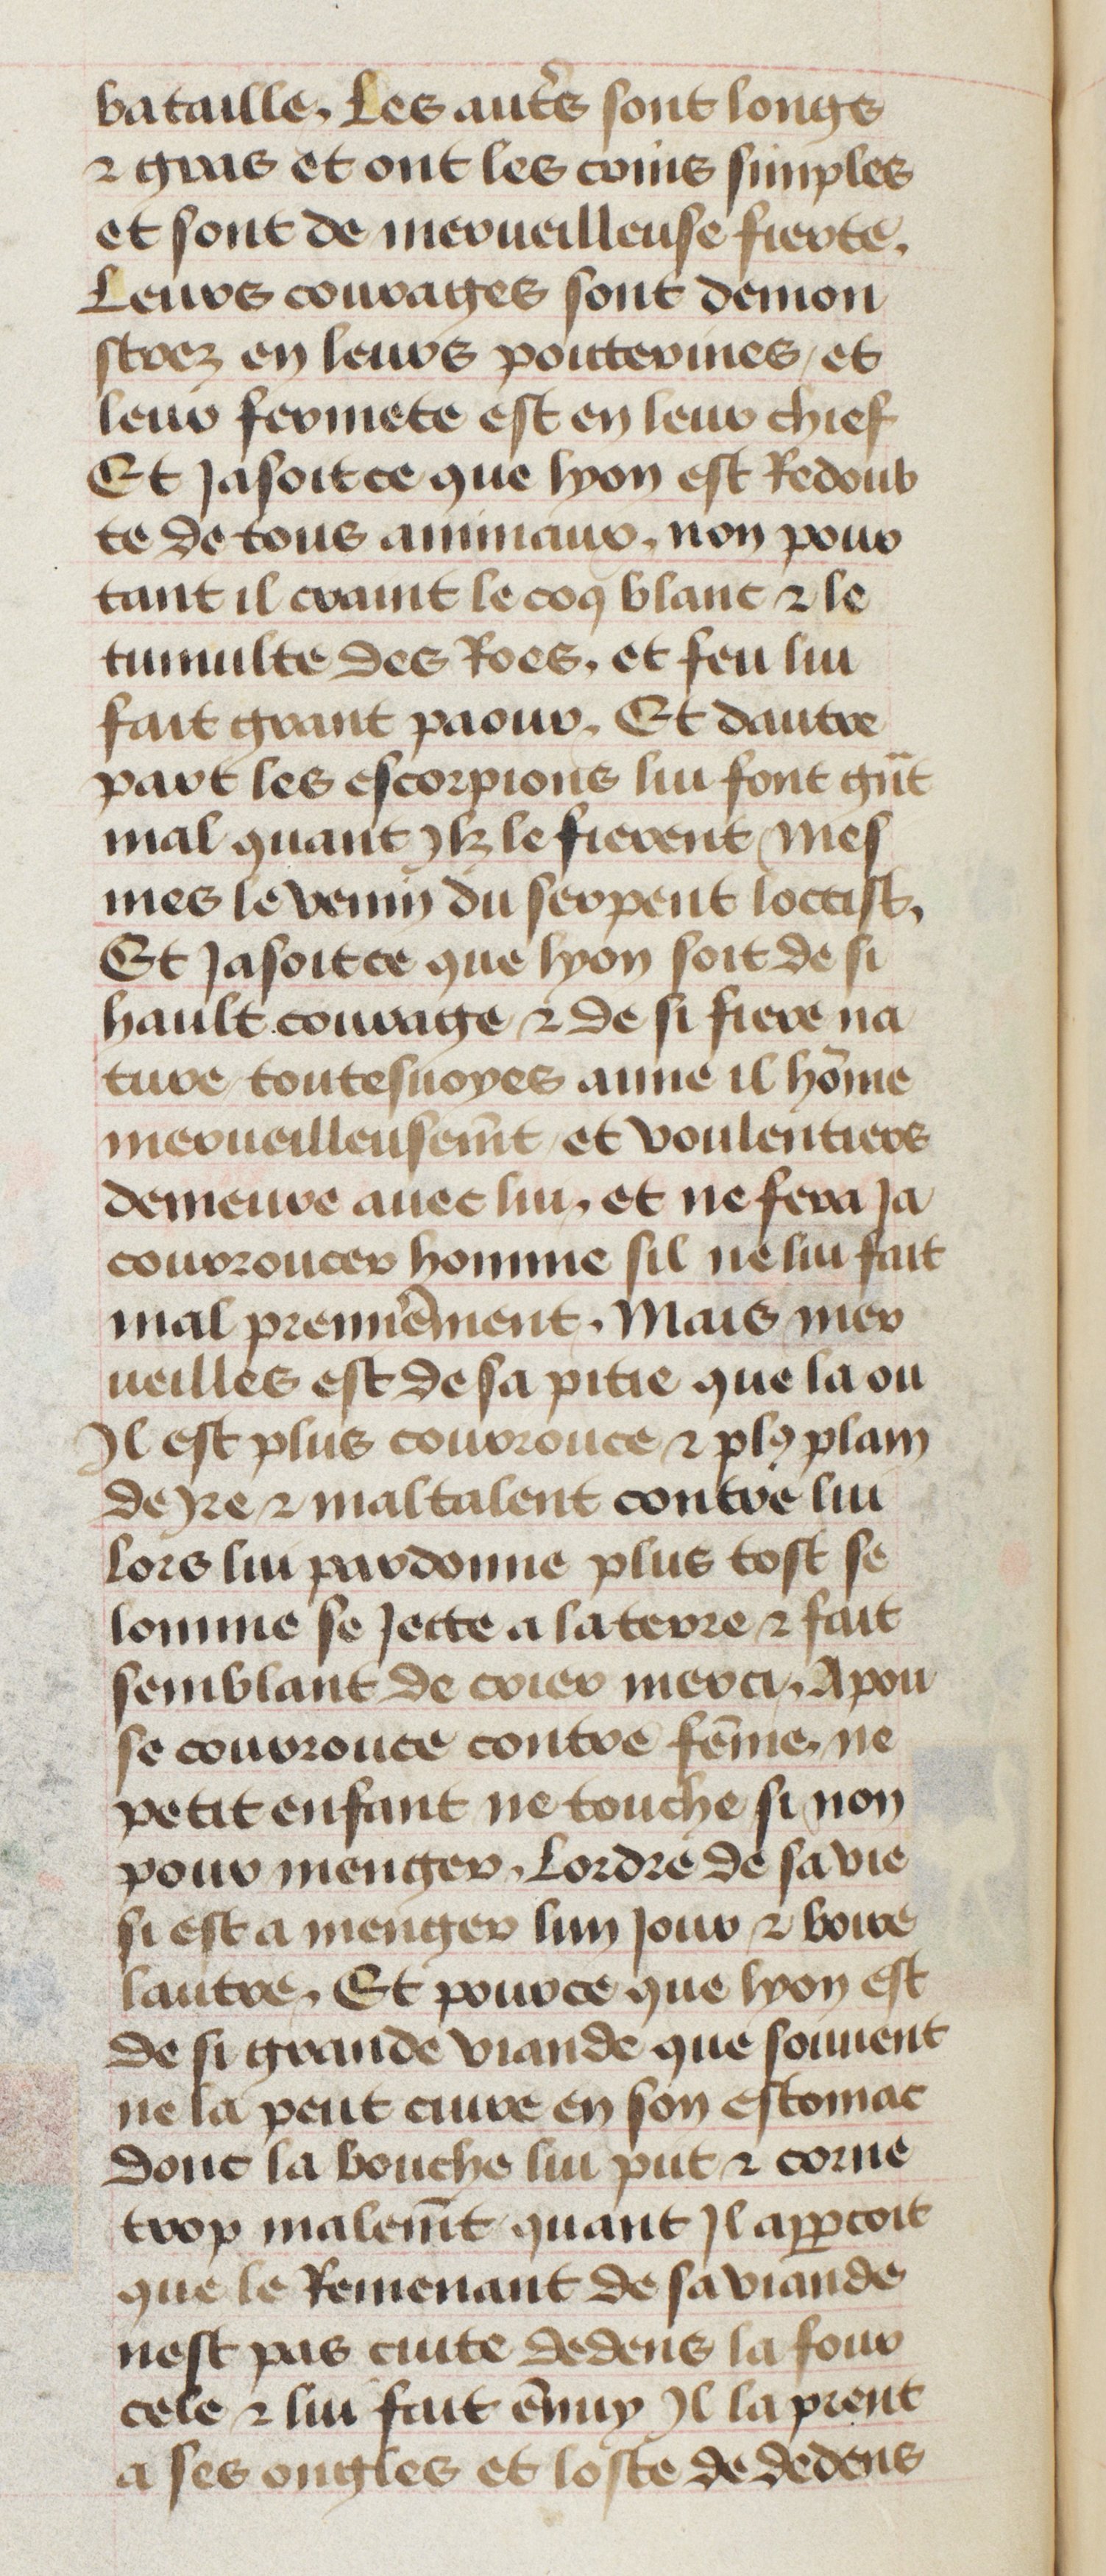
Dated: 1435–1495